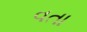
વતા